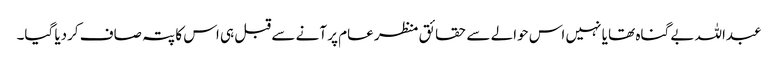
عبداللہ بے گناہ تھا یا نہیں اس حوالے سے حقائق منظر عام پر آنے سے قبل ہی اس کا پتہ صاف کردیا گیا۔